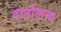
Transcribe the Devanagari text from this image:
वार्तालाब